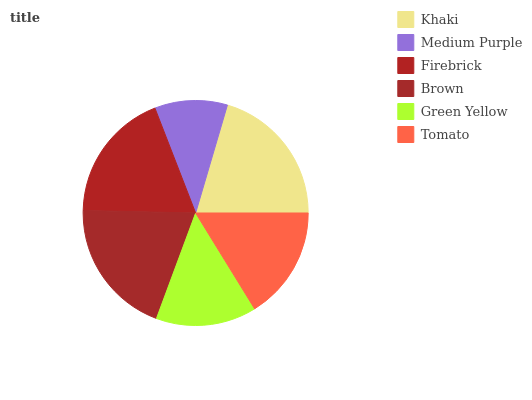
| Khaki | Medium Purple | Firebrick | Brown | Green Yellow | Tomato |
 | --- | --- | --- | --- | --- | --- |
 | 20.4% | 10.4% | 18.8% | 19.7% | 14.4% | 16.2% |